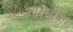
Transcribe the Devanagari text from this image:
गारबीज